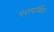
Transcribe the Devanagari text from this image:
परापार्थिव